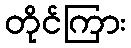
တိုင်ကြား